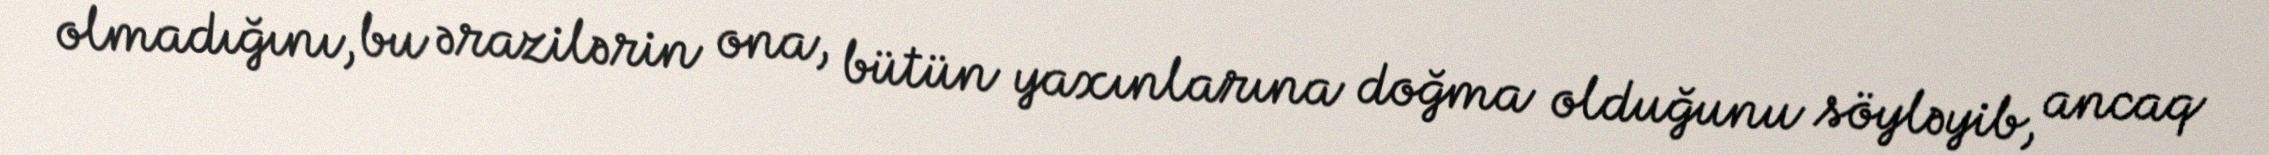
olmadığını, bu ərazilərin ona, bütün yaxınlarına doğma olduğunu söyləyib, ancaq